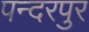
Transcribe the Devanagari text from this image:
पन्दरपुर